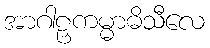
အာဂါဠှကမ္မာဓိသီလေ